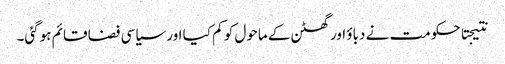
نتیجتا حکومت نے دباؤ اور گھٹن کے ماحول کو کم کیا اور سیاسی فضا قائم ہوگئی۔